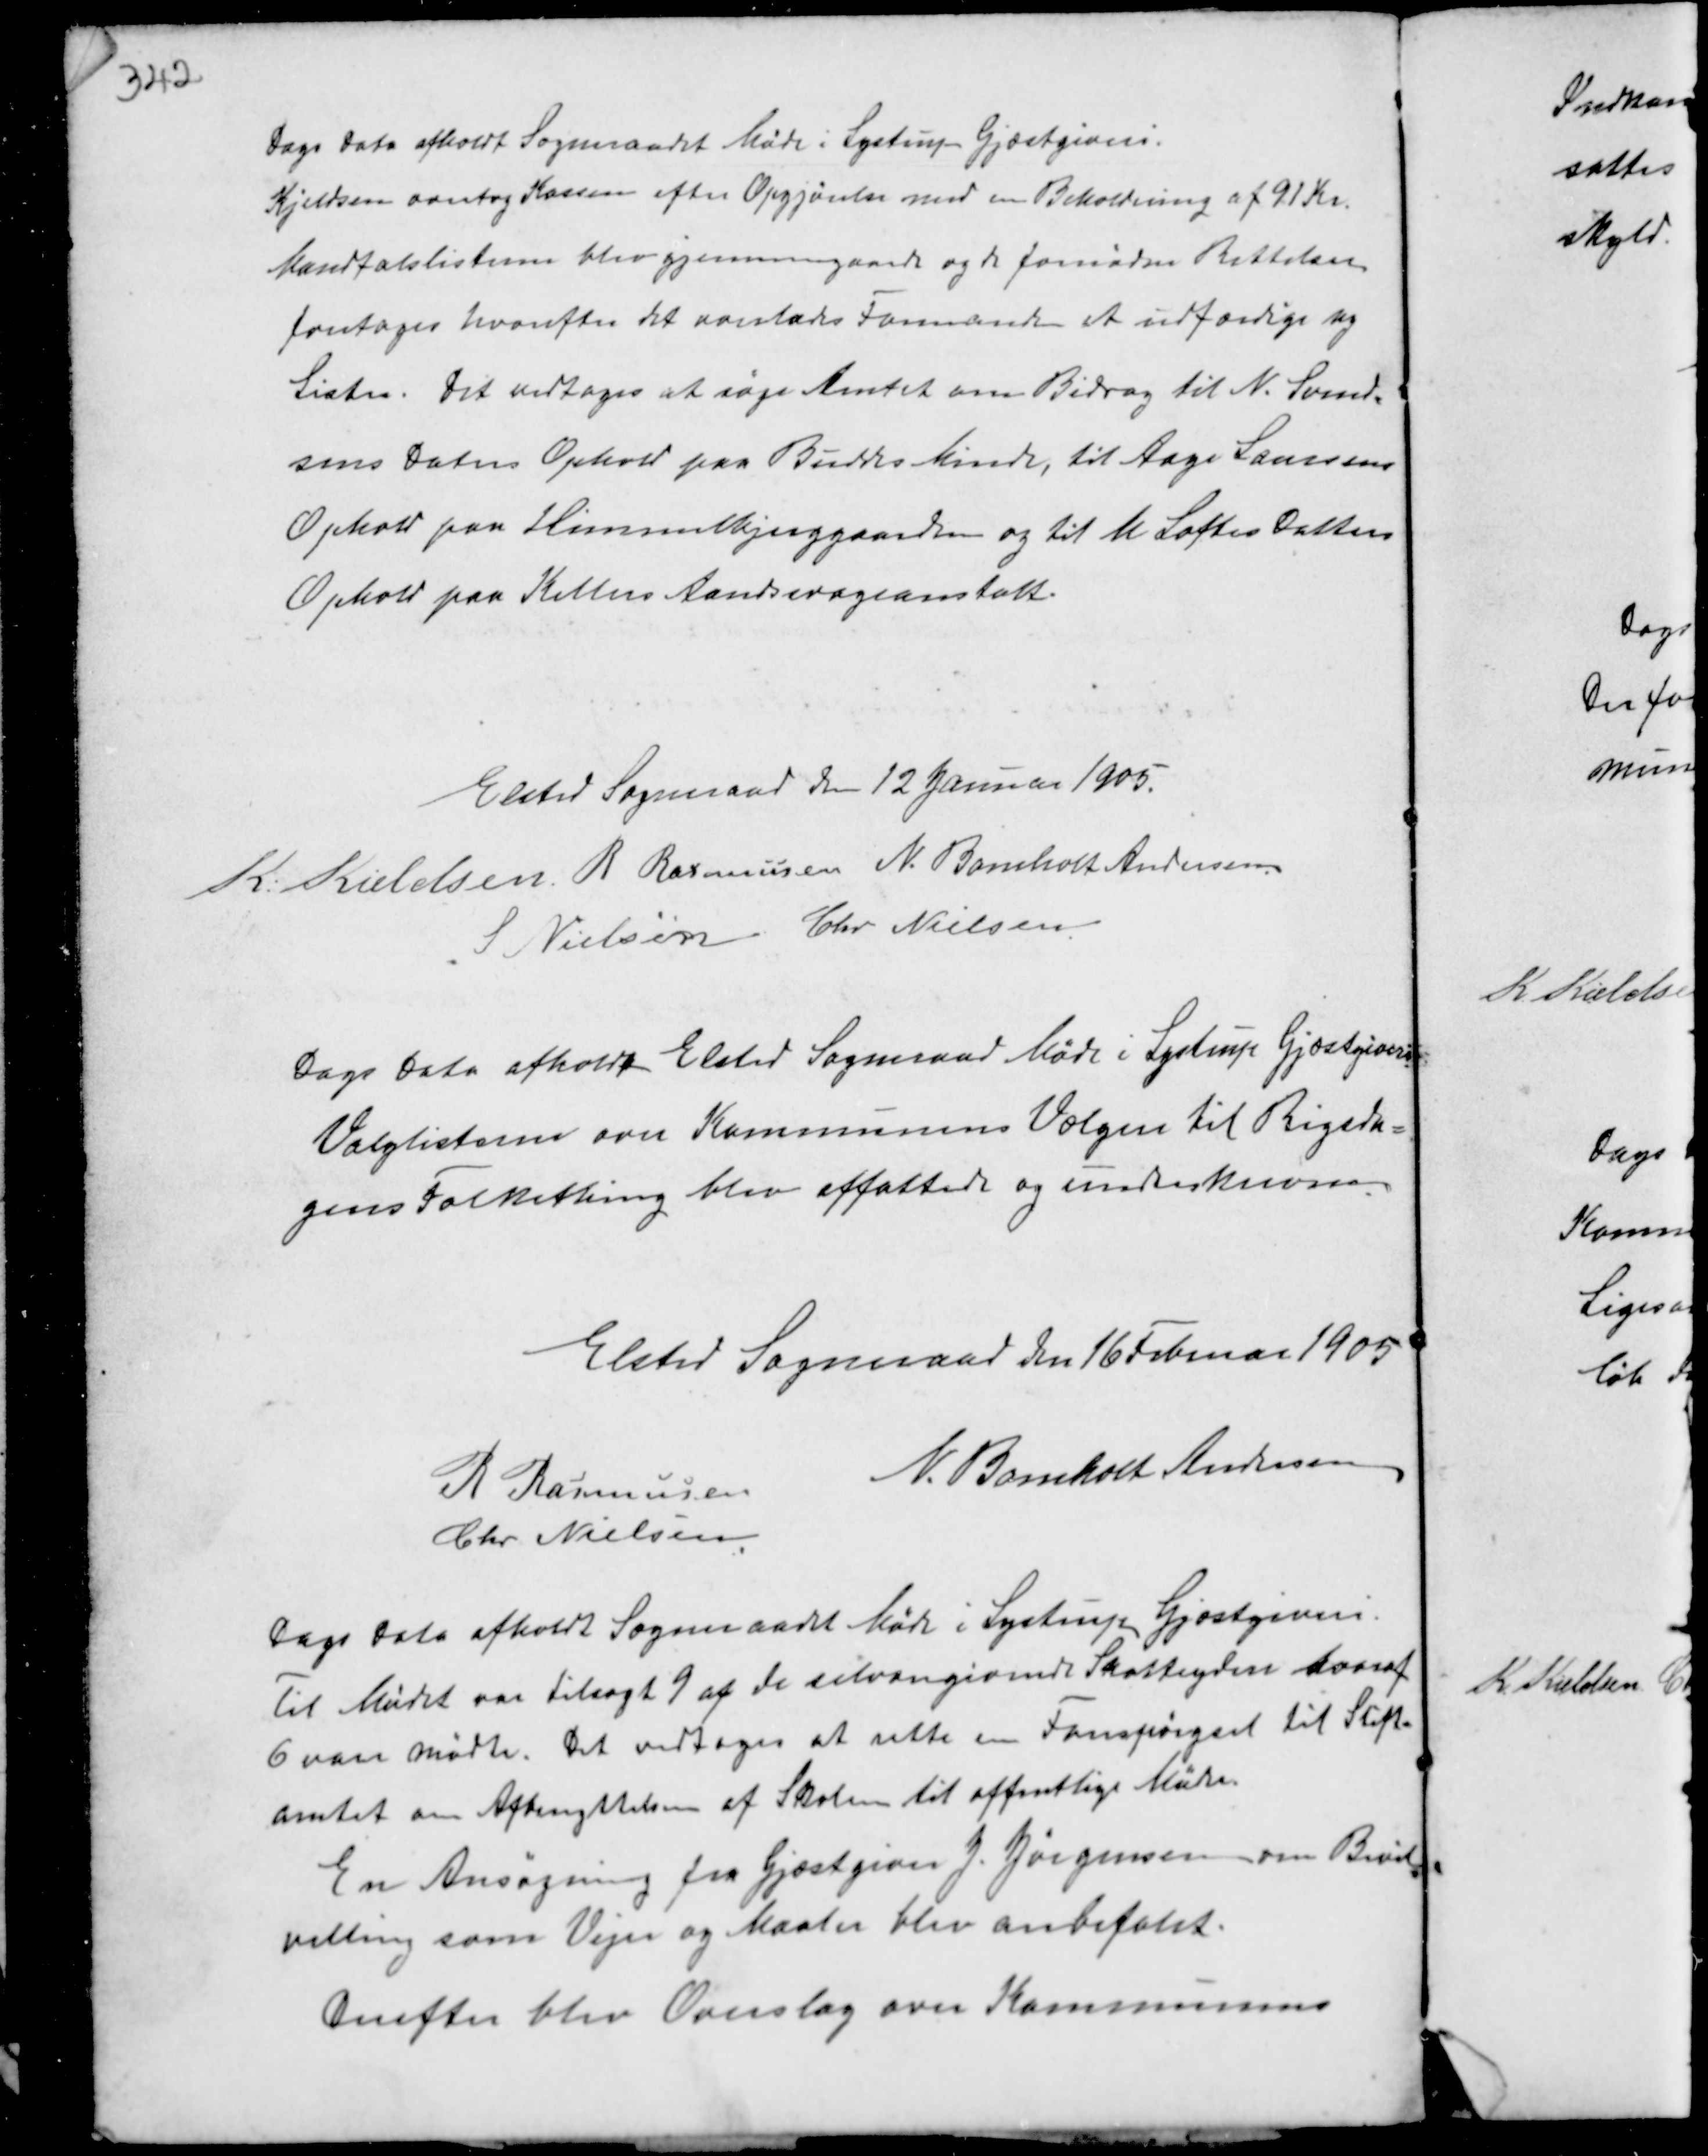
Transskription:
Dags Dato afholdt Sogneraadet Møde i Lystrup Gjæstgiveri.
Kjeldsen overtog Kassen efter Opgørelse med en Beholdning af 91 Kr.
Kvartalslisterne blev gennemgaaede og de fornødne Rettelser
foretoges, hvorefter det overlades Formanden at udfærdige ny
Lister. Det vedtoges at søge Amtet om Bidrag til N. Svend-
sens Daters Ophold paa Buddes Minde, til Aage Laursens
Ophold paa Himmelbjerggaarden og til M Loftes Datters
Ophold paa Kellers Aandsvageanstalt.

Elsted Sogneraad den 12 Januar 1905.
K. Kieldsen R. Rasmussen N. Bomholt Andersen
S Nielsen Chr. Nielsen

Dags Dato afholdt Elsted Sogneraad Møde i Lystrup Gjæstgiveri.
Valglisterne over Kommunens Vælgere til Rigsda-
gens Folkething blev affattede og underskrevne.

Elsted Sogneraad den 16 Februar 1905.
R Rasmussen
N. Bomholt Andersen
Chr. Nielsen

Dags Dato afholdt Sogneraadet Møde i Lystrup Gjæstgiveri.
Til Mødet var tilsagt 9 af de selvangivne Skatteydere hvoraf
6 var mødte. Det vedtoges at rette en Forespørgsel til Stift-
amtet om Afbenyttelsen af Skolen til offentlige Møder.
En Ansøgning fra Gjæstgiver J. Jørgensen om Bevil-
villing som Vejer og Maaler blev anbefalet.
Derefter blev Overslag over Kommunens